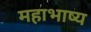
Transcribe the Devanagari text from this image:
महाभाष्‍य